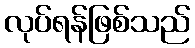
လုပ်ရန်ဖြစ်သည်